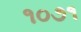
૧૦૭૧